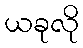
ယခုလို